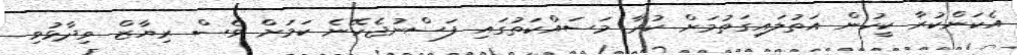
އެކަންކުރާ ކީހުން އަތުލައިގަތުމަށް ކުރާ މަސައްކަތުގައި ފަސްނުޖެހޭނެ ކަމަށް ވެސް ރިޔާޒް ވިދާޅުވި